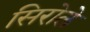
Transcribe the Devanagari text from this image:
सिरोले